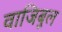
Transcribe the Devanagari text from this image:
वाजिबुल